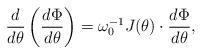
LaTeX: \begin{align*}\frac{d}{d\theta} \left (\frac{d\Phi}{d\theta}\right )=\omega_0^{-1}J( \theta)\cdot \frac{d\Phi}{d\theta},\end{align*}